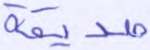
صديقة